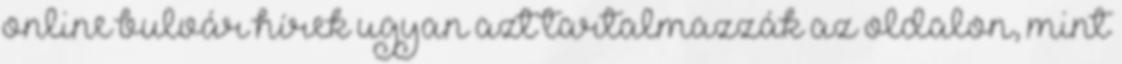
online bulvár hírek ugyan azt tartalmazzák az oldalon, mint